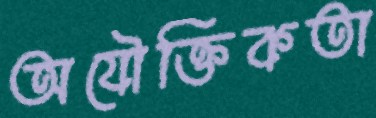
অযৌক্তিকতা